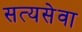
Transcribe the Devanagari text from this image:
सत्यसेवा